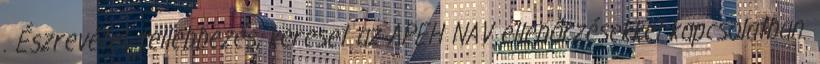
. Észrevétel, fellebbezés, kereset az APEH NAV ellenőrzésekkel kapcsolatban.